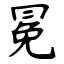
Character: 冕